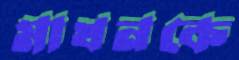
মাখনকে